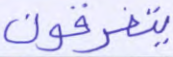
يتفرقون